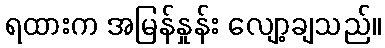
ရထားက အမြန်နှုန်း လျော့ချသည်။